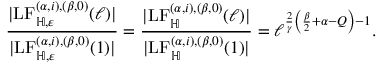
\frac { | \mathrm { L F } _ { \mathbb H , \varepsilon } ^ { ( \alpha , i ) , ( \beta , 0 ) } ( \ell ) | } { | \mathrm { L F } _ { \mathbb H , \varepsilon } ^ { ( \alpha , i ) , ( \beta , 0 ) } ( 1 ) | } = \frac { | \mathrm { L F } _ { \mathbb H } ^ { ( \alpha , i ) , ( \beta , 0 ) } ( \ell ) | } { | \mathrm { L F } _ { \mathbb H } ^ { ( \alpha , i ) , ( \beta , 0 ) } ( 1 ) | } = \ell ^ { \frac { 2 } { \gamma } \left( \frac { \beta } { 2 } + \alpha - Q \right) - 1 } .